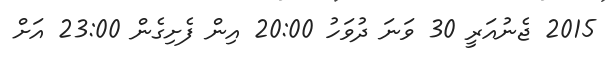
2015 ޖެނުއަރީ 30 ވަނަ ދުވަހު 20:00 އިން ފެށިގެން 23:00 އަށް